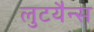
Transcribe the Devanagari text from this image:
लुटयैन्स